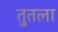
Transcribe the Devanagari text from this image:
तुतला